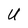
Character: U